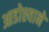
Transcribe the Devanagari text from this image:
आडोश्याने